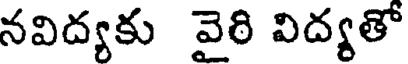
నవిద్యకు వైరి విద్యతో